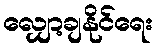
လျှော့ချနိုင်ရေး